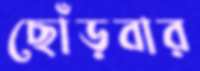
ছোঁড়বার